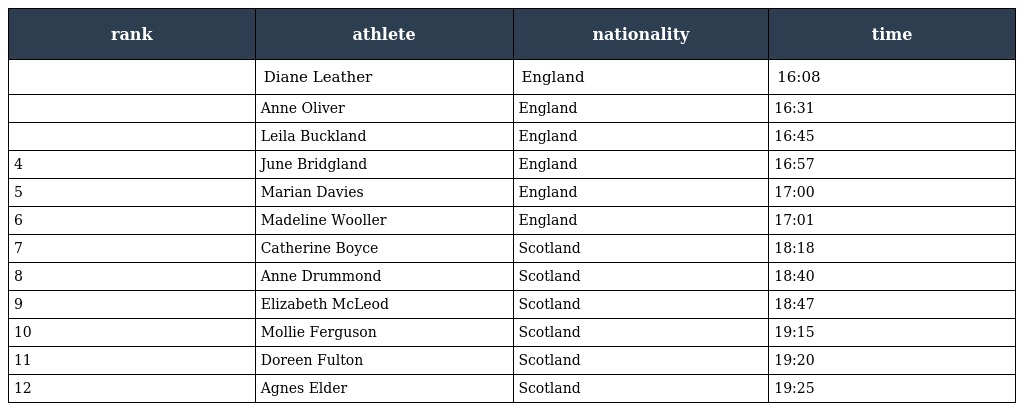
| rank | athlete | nationality | time |
 | --- | --- | --- | --- |
 |  | Diane Leather | England | 16:08 |
 |  | Anne Oliver | England | 16:31 |
 |  | Leila Buckland | England | 16:45 |
 | 4 | June Bridgland | England | 16:57 |
 | 5 | Marian Davies | England | 17:00 |
 | 6 | Madeline Wooller | England | 17:01 |
 | 7 | Catherine Boyce | Scotland | 18:18 |
 | 8 | Anne Drummond | Scotland | 18:40 |
 | 9 | Elizabeth McLeod | Scotland | 18:47 |
 | 10 | Mollie Ferguson | Scotland | 19:15 |
 | 11 | Doreen Fulton | Scotland | 19:20 |
 | 12 | Agnes Elder | Scotland | 19:25 |